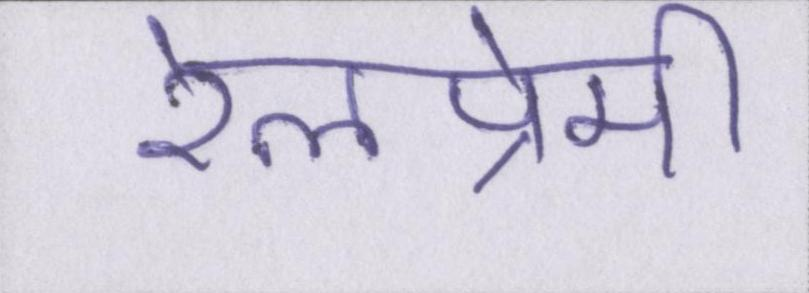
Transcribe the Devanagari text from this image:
रेलप्रेमी